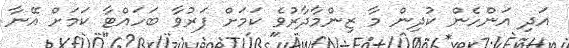
އަދި އަންހެން ކުދިން މާ ޒިންމާދާރުވެ ކަމަށް ފަރުވާ ބަހައްޓާ ކަމަށް އޭނާ